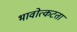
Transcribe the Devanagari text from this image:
भावोत्कटता